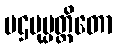
ပဌမုပ္ပတ္တိတော